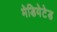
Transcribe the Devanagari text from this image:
मेडियेटेड